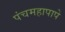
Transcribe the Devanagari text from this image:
पंचमहापापे